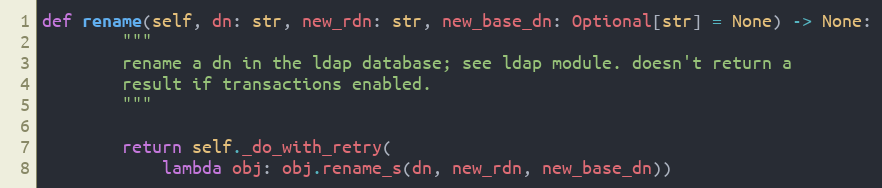
Language: Python
def rename(self, dn: str, new_rdn: str, new_base_dn: Optional[str] = None) -> None:
        """
        rename a dn in the ldap database; see ldap module. doesn't return a
        result if transactions enabled.
        """

        return self._do_with_retry(
            lambda obj: obj.rename_s(dn, new_rdn, new_base_dn))